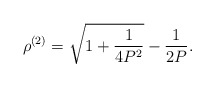
\begin{align*}&\rho^{(2)}=\sqrt{1+\frac{1}{4P^2}}-\frac{1}{2P}.\end{align*}